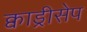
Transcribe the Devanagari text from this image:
क्वाड्रीसेप